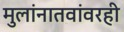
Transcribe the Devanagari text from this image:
मुलांनातवांवरही